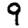
Digit: 9